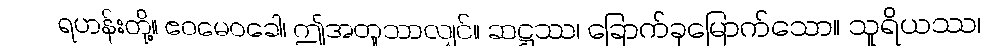
ရဟန်းတို့။ ဧဝမေဝခေါ၊ ဤအတူသာလျှင်။ ဆဋ္ဌဿ၊ ခြောက်ခုမြောက်သော။ သူရိယဿ၊